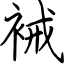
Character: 裓